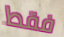
فقط